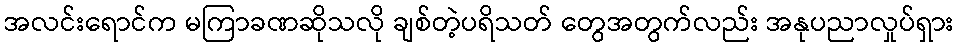
အလင်းရောင်က မကြာခဏဆိုသလို ချစ်တဲ့ပရိသတ် တွေအတွက်လည်း အနုပညာလှုပ်ရှား